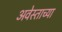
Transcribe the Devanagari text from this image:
अवेस्ताच्या